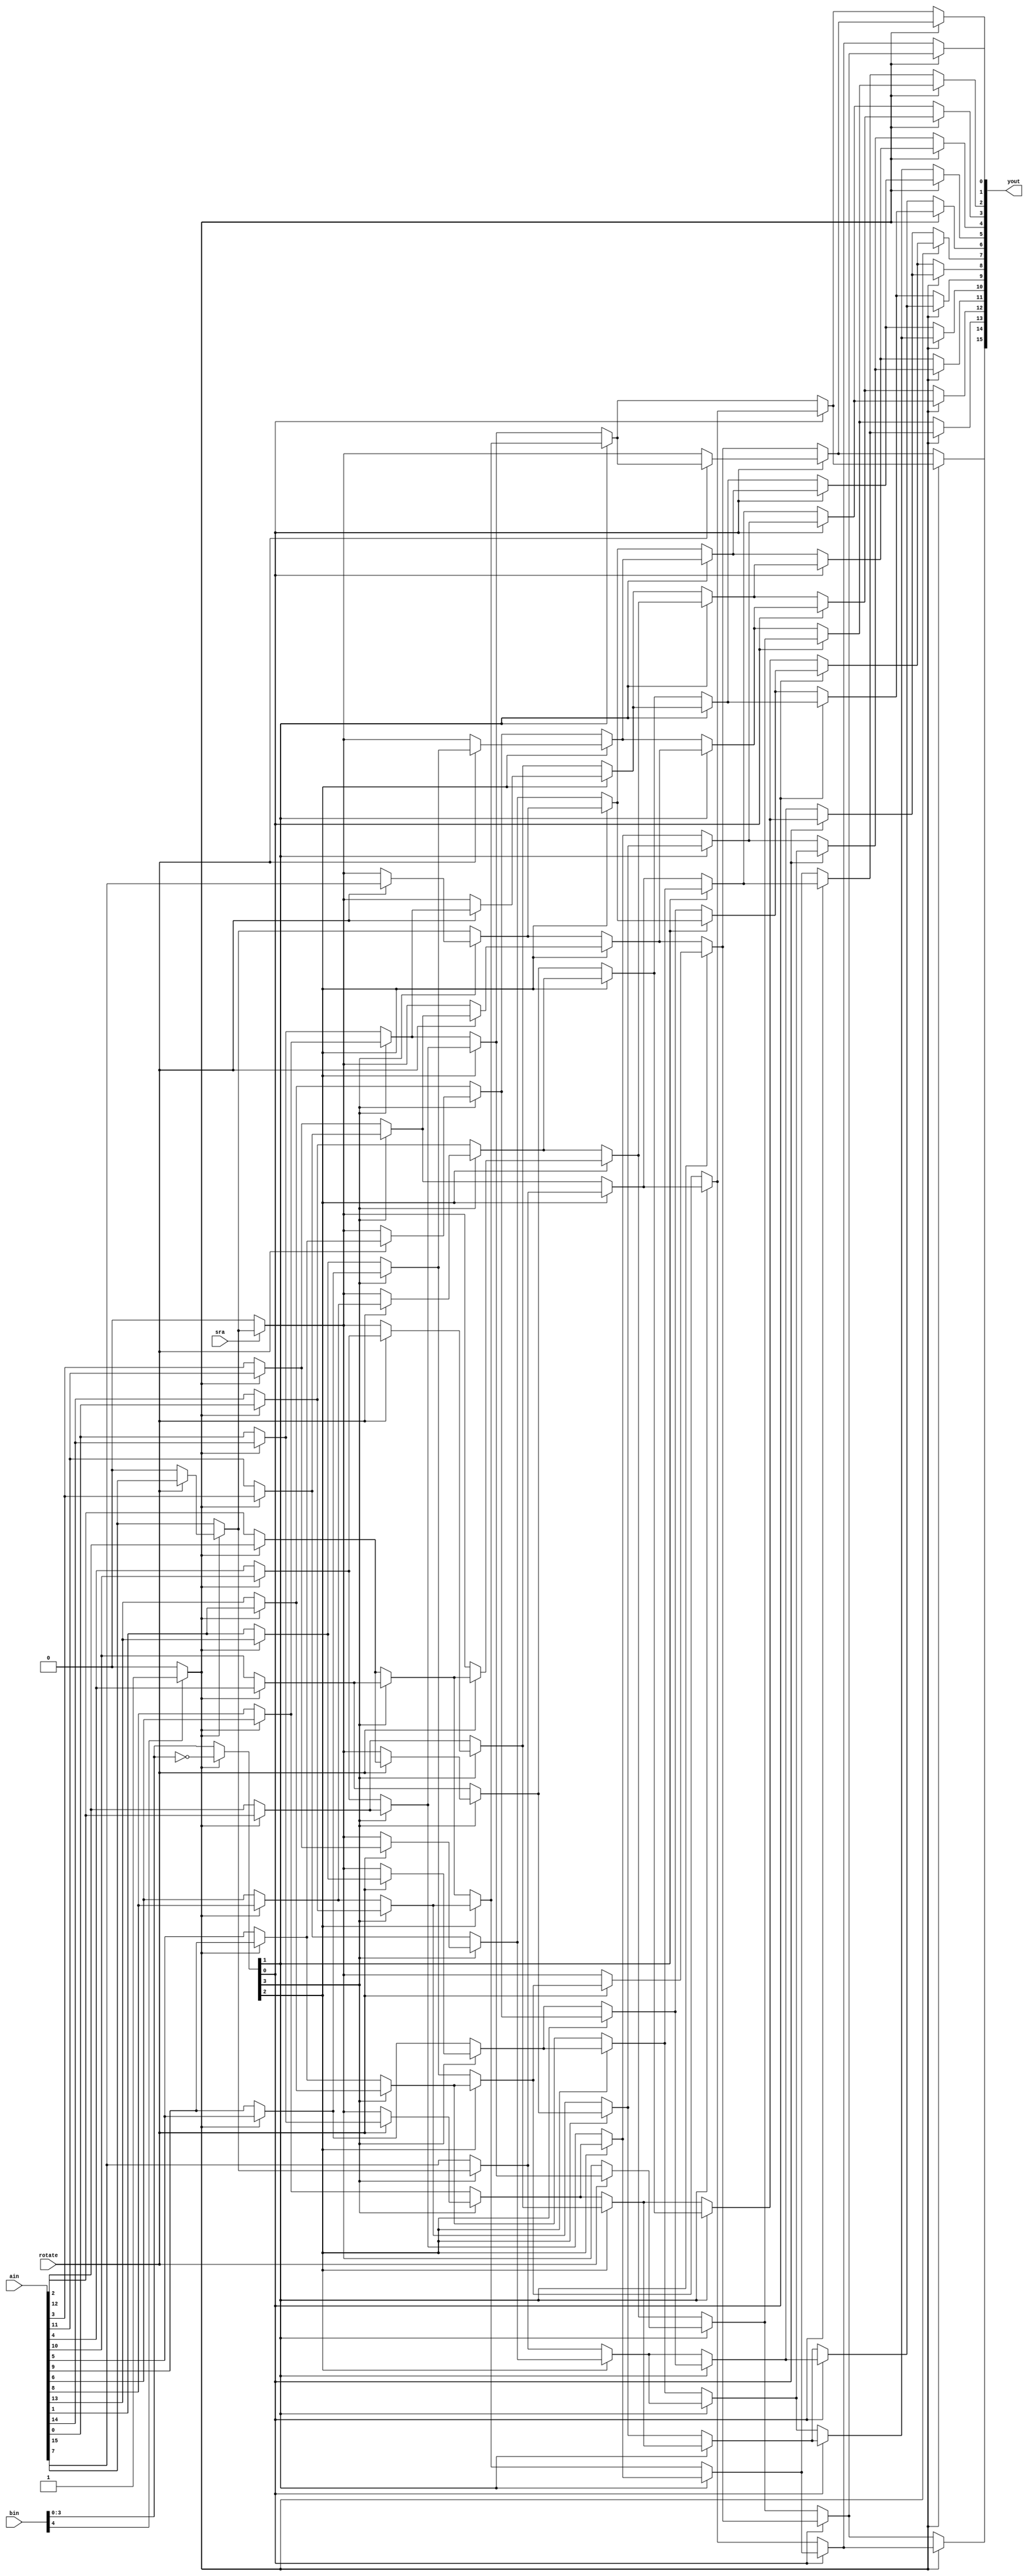
`timescale 1ns / 1ps
//////////////////////////////////////////////////////////////////////////////////
// Company: 
// Engineer: 
// 
// Design Name: 
// Module Name:    barrel_shifter 16-bit fixed size
// Project Name: 
// Target Devices: 
// Tool versions: 
// Description: 
//
// Dependencies: 
//
// Revision: 
// Revision 0.01 - File Created
// Additional Comments: 
//
//////////////////////////////////////////////////////////////////////////////////
module barrel_shifter
	(
	 output [15:0] yout,
	 input [15:0] ain,
	 input [4:0] bin,
	 input rotate,
	 input sra
    );
	
	wire [3:0] b;
	wire [15:0] a;
	wire [15:0] y;
	wire s;
	wire [7:0]rb3;
	wire [15:0]b3;
	wire [3:0]rb2;
	wire [15:0]b2;
	wire [1:0]rb1;
	wire [15:0]b1;
	wire rb0;
	
	wire left;
	
	
	// Left shift?
	assign left = (bin[4])?(1'b1):(1'b0);
	
	// If bin[4] == 1, means negative so reverse and shift by one additional step.
	assign b = (left)?(~bin[3:0]):(bin[3:0]);
	
	// Data reversal for left.
	genvar m;
	   generate
		for (m=0; m < 15; m=m+1) begin : REVERSE_INPUT
			assign a[m] = (left)?(ain[14-m]):(ain[m]);
		end
   endgenerate
	// Assign first bit
	assign a[15] = (left)?((rotate)?(ain[15]):(1'b0)):(ain[15]);	
		
	
	// Shift arithmetic?
	assign s = (sra)?(a[15]):(1'b0);
	
	genvar c, d, e, f, g, h, i, j;
 
	// Generate rotate b3
   generate
		for (d=0; d < 8; d=d+1) begin : ROTATE_B3
			assign rb3[d] = (rotate)?(a[d]):(s);
		end
   endgenerate

	// Generate b3
   generate
		for (c=0; c < 16; c=c+1) begin : B3
			if(c < 8)
				assign b3[c] = (b[3])?(a[c+8]):(a[c]);
			else
				assign b3[c] = (b[3])?(rb3[c-8]):(a[c]);
		end
   endgenerate
	
	// Generate rotate b2
   generate
		for (e=0; e < 4; e=e+1) begin : ROTATE_B2
			assign rb2[e] = (rotate)?(b3[e]):(s);
		end
   endgenerate
	
	// Generate b2
   generate
		for (f=0; f < 16; f=f+1) begin : B2
			if(f < 12)
				assign b2[f] = (b[2])?(b3[f+4]):(b3[f]);
			else
				assign b2[f] = (b[2])?(rb2[f-12]):(b3[f]);
		end
   endgenerate
	
	// Generate rotate b1
   generate
		for (g=0; g < 2; g=g+1) begin : ROTATE_B1
			assign rb1[g] = (rotate)?(b2[g]):(s);
		end
   endgenerate
	
	// Generate b1
   generate
		for (h=0; h < 16; h=h+1) begin : B1
			if(h < 14)
				assign b1[h] = (b[1])?(b2[h+2]):(b2[h]);
			else
				assign b1[h] = (b[1])?(rb1[h-14]):(b2[h]);
		end
   endgenerate
	
	// Generate rotate b0
	assign rb0 = (rotate)?(b1[0]):(s);
	
	// Generate y
   generate
		for (j=0; j < 16; j=j+1) begin : B0
			if(j < 15)
				assign y[j] = (b[0])?(b1[j+1]):(b1[j]);
			else
				assign y[j] = (b[0])?(rb0):(b1[j]);
		end
   endgenerate

	
	// Reverse output if left.
	genvar n;
	generate
		for (n=0; n < 16; n=n+1) begin : REVERSE_OUTPUT
			assign yout[n] = (left)?(y[15-n]):(y[n]);
		end
   endgenerate

endmodule